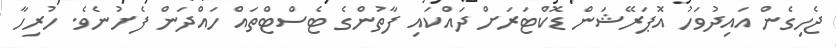
ޖެހިގެން އައިދުވަހު އޮޕަރޭޝަން ޑޮކްޓަރަށް ދައްކައި ފާތުންގެ ޓެސްޓްތައް ހައްދަން ފެށުނެވެ. ހުރިހާ